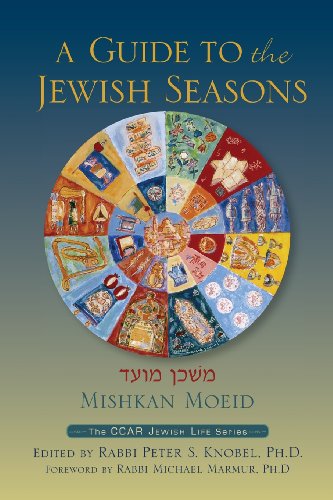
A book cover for A Guide to the Jewish Seasons; Peter S. Knobel; Religion & Spirituality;